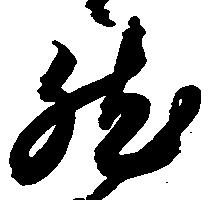
然